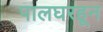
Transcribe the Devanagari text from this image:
पालघरहून